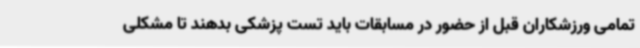
تمامی ورزشکاران قبل از حضور در مسابقات باید تست پزشکی بدهند تا مشکلی